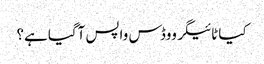
کیا ٹائیگر ووڈس واپس آگیا ہے؟